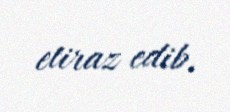
etiraz edib.